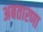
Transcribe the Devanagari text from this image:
अबतारणा